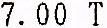
7.00 T